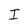
Character: I